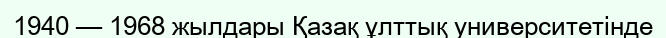
1940 — 1968 жылдары Қазақ ұлттық университетінде